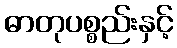
ဓာတုပစ္စည်းနှင့်